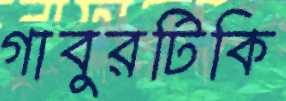
গাবুরটিকি